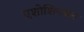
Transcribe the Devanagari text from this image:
एशोशियसन